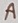
Text: A